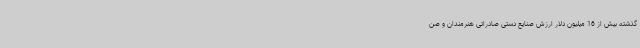
گذشته بیش از 16 میلیون دلار ارزش صنایع دستی صادراتی هنرمندان و صن